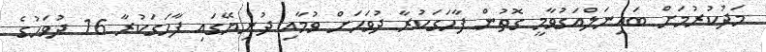
މަދުކުރުމަށް ބައިނަލްއަގުވާމީ ގޮތުން ފާހަގަކުރާ ދުވަހަށް ވުމާއި ދުނިޔޭގައި ފާހަގަކުރާ 16 ދުވަހުގެ